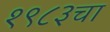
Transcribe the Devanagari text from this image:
१९८३चा